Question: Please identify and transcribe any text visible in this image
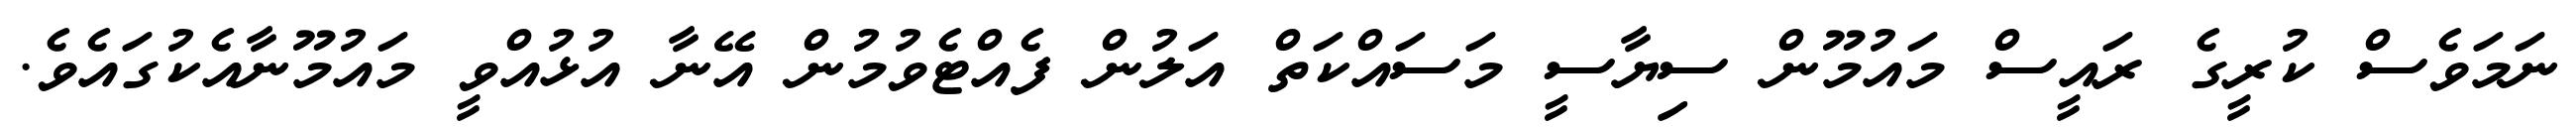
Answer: ނަމަވެސް ކުރީގެ ރައީސް މައުމޫން ސިޔާސީ މަސައްކަތް އަލުން ފެއްޓެވުމުން އޭނާ އުޅުއްވީ މައުމޫނާއެކުގައެވެ.